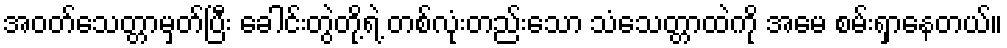
အဝတ်သေတ္တာမှတ်ပြီး ခေါင်းတွဲတို့ရဲ့ တစ်လုံးတည်းသော သံသေတ္တာထဲကို အမေ စမ်းရှာနေတယ်။